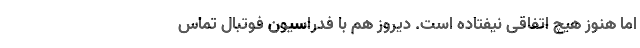
اما هنوز هیچ اتفاقی نیفتاده است. دیروز هم با فدراسیون فوتبال تماس